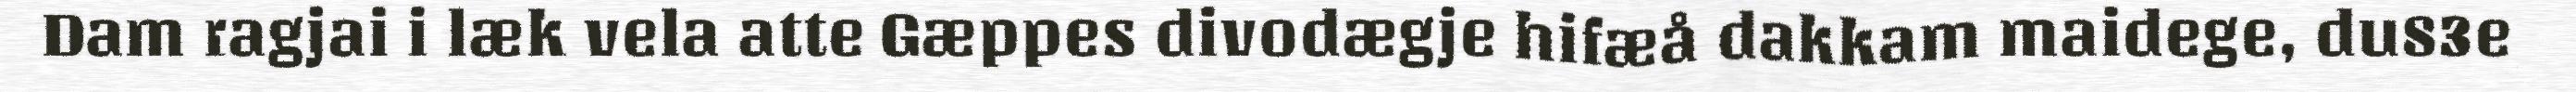
Dam ragjai i læk vela atte Gæppes divodægje hifæå dakkam maidege, du83e